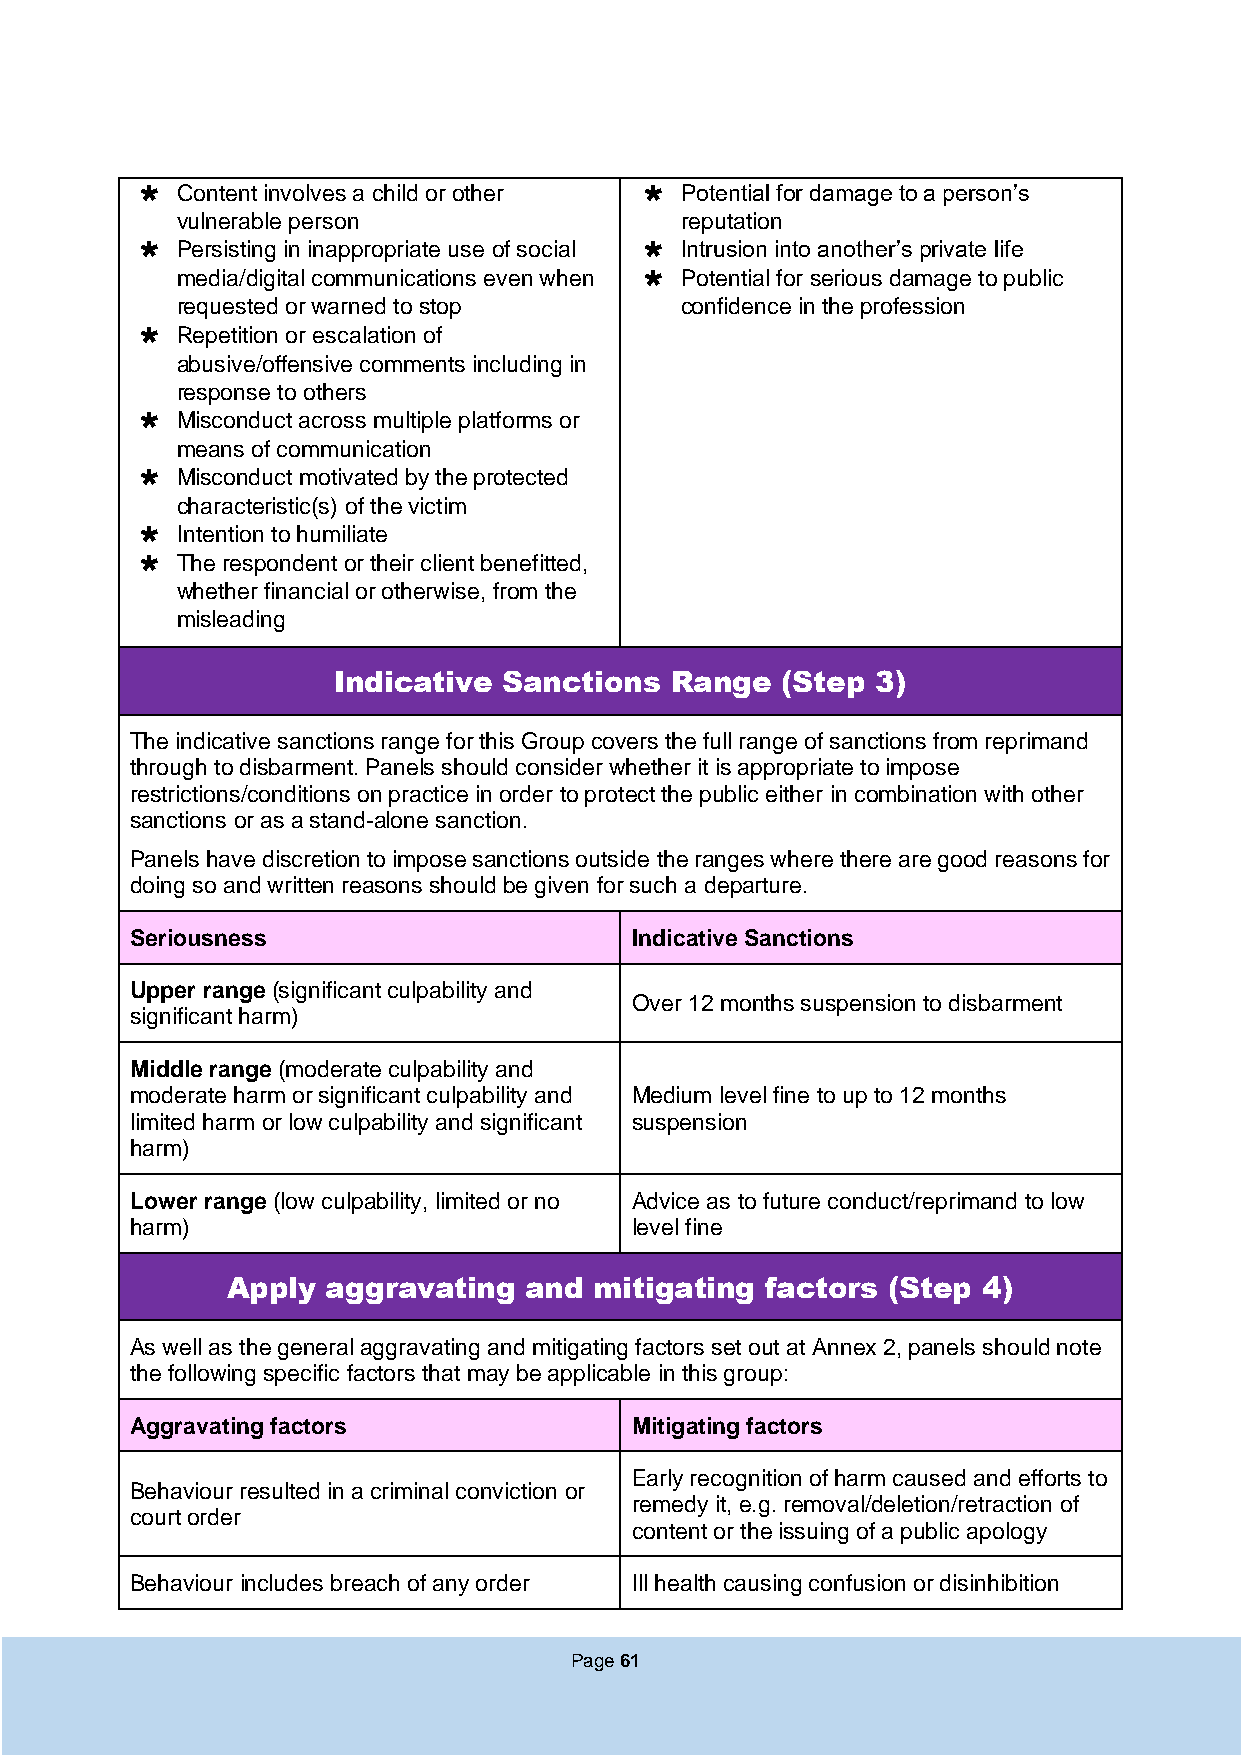
  Content involves a child or other  Potential for damage to a person’s
 vulnerable person                reputation
   Persisting in inappropriate use of social  Intrusion into another’s private life
 media/digital communications even when  Potential for serious damage to public
 requested or warned to stop      confidence in the profession
   Repetition or escalation of
 abusive/offensive comments including in
 response to others
   Misconduct across multiple platforms or
 means of communication
   Misconduct motivated by the protected
 characteristic(s) of the victim
   Intention to humiliate
   The respondent or their client benefitted,
 whether financial or otherwise, from the
 misleading
 Indicative Sanctions  Range   (Step 3)
 The indicative sanctions range for this Group covers the full range of sanctions from reprimand
 through to disbarment. Panels should consider whether it is appropriate to impose
 restrictions/conditions on practice in order to protect the public either in combination with other
 sanctions or as a stand-alone sanction.
 Panels have discretion to impose sanctions outside the ranges where there are good reasons for
 doing so and written reasons should be given for such a departure.
 Seriousness                      Indicative Sanctions
 Upper range (significant culpability and
 Over 12 months suspension to disbarment
 significant harm)
 Middle range (moderate culpability and
 moderate harm or significant culpability and Medium level fine to up to 12 months
 limited harm or low culpability and significant suspension
 harm)
 Lower range (low culpability, limited or no Advice as to future conduct/reprimand to low
 harm)                            level fine
 Apply  aggravating  and mitigating  factors (Step 4)
 As well as the general aggravating and mitigating factors set out at Annex 2, panels should note
 the following specific factors that may be applicable in this group:
 Aggravating factors              Mitigating factors
 Early recognition of harm caused and efforts to
 Behaviour resulted in a criminal conviction or
 remedy it, e.g. removal/deletion/retraction of
 court order
 content or the issuing of a public apology
 Behaviour includes breach of any order Ill health causing confusion or disinhibition
 Page 61